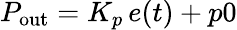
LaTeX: P_{\mathrm{out}}=K_{p}\, {e(t)+p0}